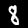
Digit: 8